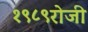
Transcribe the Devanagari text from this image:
१९८९रोजी